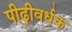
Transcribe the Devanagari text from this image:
पीढ़ीवर्धक